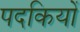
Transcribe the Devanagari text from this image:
पदकियों